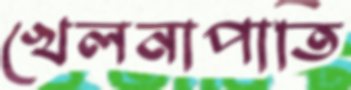
খেলনাপাতি